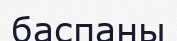
баспаны